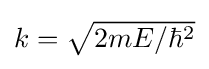
{\textstyle k={\sqrt {2mE/\hbar ^{2}}}}